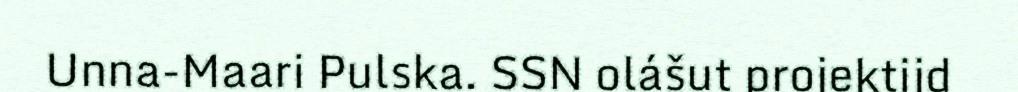
Unna-Maari Pulska. SSN olášut projektijd